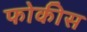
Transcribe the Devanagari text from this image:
फोकीस